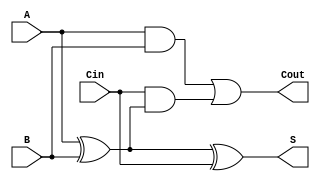
module FullAdder (
    input wire A,     // First input bit
    input wire B,     // Second input bit
    input wire Cin,   // Carry-in bit
    output wire S,    // Sum output
    output wire Cout   // Carry-out output
);

// Internal signals
wire AxorB;        // Intermediate signal for A XOR B
wire AB;           // Intermediate signal for A AND B
wire CinAndAxorB; // Intermediate signal for Cin AND (A XOR B)

// Logic for Sum (S)
assign AxorB = A ^ B;           // A XOR B
assign S = AxorB ^ Cin;         // S = (A XOR B) XOR Cin

// Logic for Carry-out (Cout)
assign AB = A & B;              // A AND B
assign CinAndAxorB = Cin & AxorB; // Cin AND (A XOR B)
assign Cout = AB | CinAndAxorB; // Cout = (A AND B) OR (Cin AND (A XOR B))

endmodule